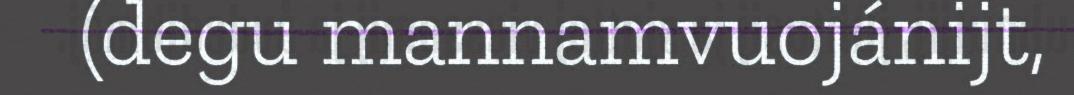
(degu mannamvuojánijt,